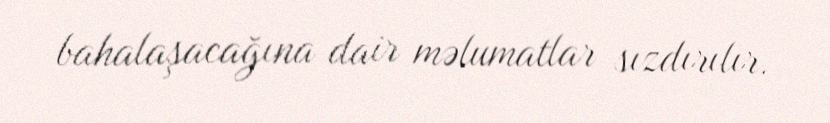
bahalaşacağına dair məlumatlar sızdırılır.